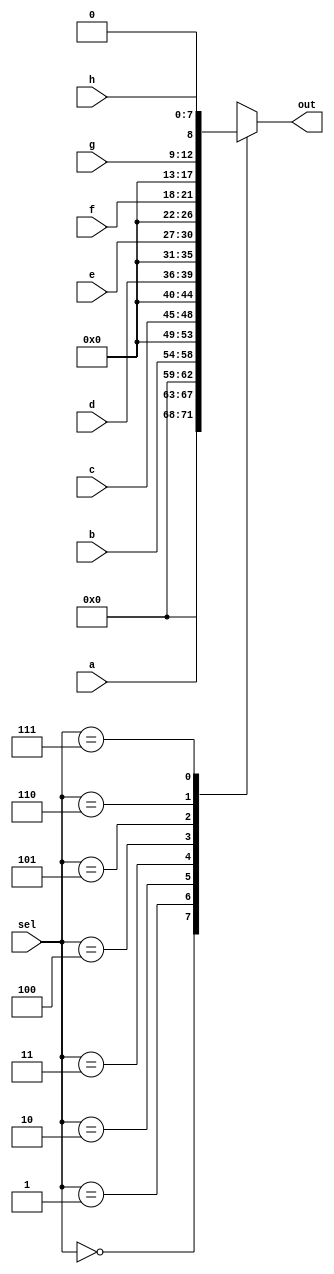
module mux16(
    input [2:0] sel,
    input [4:0] a,
    input [4:0] b,
    input [3:0] c,
    input [3:0] d,
    input [3:0] e,
    input [3:0] f,
    input [3:0] g,
    input [7:0] h,
    output reg [8:0] out
    );
    always @(*)
    begin
        case(sel)
        4'b000:out=a;
        4'b001:out=b;
        4'b010:out=c;
        4'b011:out=d;
        4'b100:out=e;
        4'b101:out=f;
        4'b110:out=g;
        4'b111:out=h;
        
        endcase
    end
endmodule